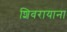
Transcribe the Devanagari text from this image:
शिवरायाना